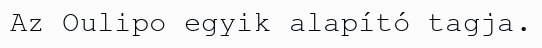
Az Oulipo egyik alapító tagja.